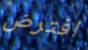
افترض